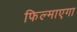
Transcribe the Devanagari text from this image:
फिल्माएगा